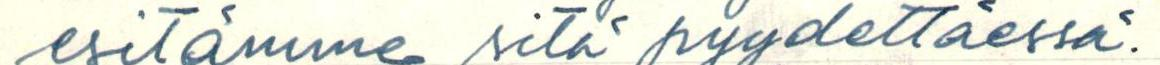
esitämme sitä pyydettäessä.